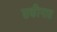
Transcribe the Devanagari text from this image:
सकीनात